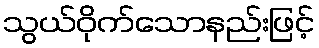
သွယ်ဝိုက်သောနည်းဖြင့်